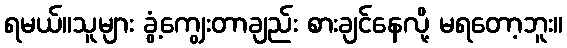
ရမယ်။သူများ ခွံ့ကျွေးတာချည်း စားချင်နေလို့ မရတော့ဘူး။